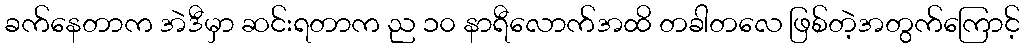
ခက်နေတာက အဲဒီမှာ ဆင်းရတာက ည ၁၀ နာရီလောက်အထိ တခါတလေ ဖြစ်တဲ့အတွက်ကြောင့်